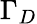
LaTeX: \Gamma_{D}